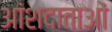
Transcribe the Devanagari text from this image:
आंशदाताओं